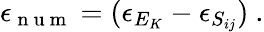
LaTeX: \epsilon_{\mathrm{~n~u~m~}}=(\epsilon_{E_{K}}-\epsilon_{S_{ij}})\ .